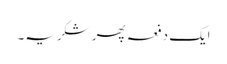
ایک دفعہ پھر شکریہ۔